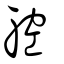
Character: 躻